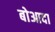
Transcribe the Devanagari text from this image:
बोआदा